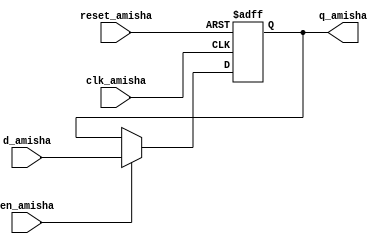
`timescale 1ns / 1ps
//////////////////////////////////////////////////////////////////////////////////
// Company: 
// Engineer: 
// 
// Design Name: 
// Module Name:    d_ff_en_1seg_Amisha 
// Project Name: 
// Target Devices: 
// Tool versions: 
// Description: 
//
// Dependencies: 
//
// Revision: 
// Revision 0.01 - File Created
// Additional Comments: 
//
//////////////////////////////////////////////////////////////////////////////////
module d_ff_en_1seg_Amisha(
    input clk_amisha,
    input reset_amisha,
    input en_amisha,
    input d_amisha,
    output reg q_amisha
    );
	 
	 always @(posedge clk_amisha, posedge reset_amisha)
	 if (reset_amisha)
	 q_amisha <= 1'b0;
	 else if (en_amisha)
	 q_amisha <= d_amisha;
endmodule